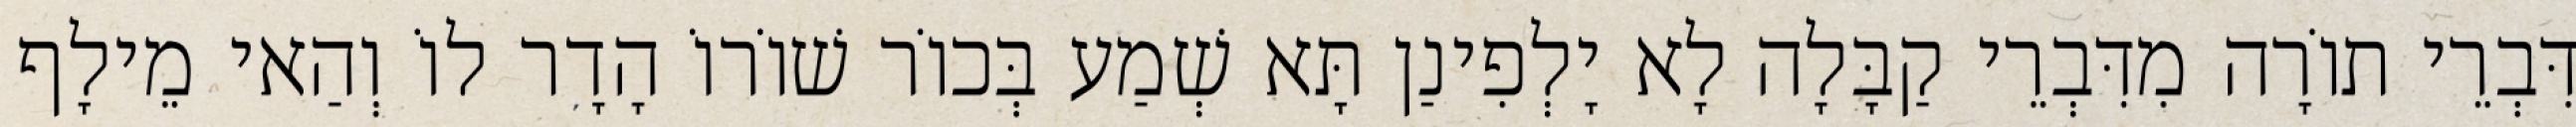
דִּבְרֵי תוֹרָה מִדִּבְרֵי קַבָּלָה לָא יָלְפִינַן תָּא שְׁמַע בְּכוֹר שׁוֹרוֹ הָדָר לוֹ וְהַאי מֵילָף